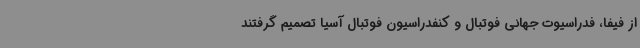
از فیفا، فدراسیوت جهانی فوتبال و کنفدراسیون فوتبال آسیا تصمیم گرفتند